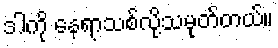
ဒါကို နေရာသစ်လို့သမုတ်တယ်။